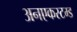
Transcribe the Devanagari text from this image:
अनएकस्टम्ड